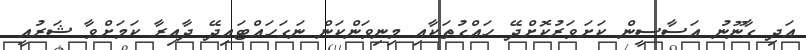
އަދި ގާނޫނު އަސާސީން ކަށަވަރުކޮށްދޭ ހައްގުތަކާއި މިނިވަންކަން ނަގަހައްޓައިދޭ ދާއިރާ ކަމަށްވާ ޝަރުއީ